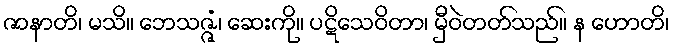
ဇာနာတိ၊ မသိ။ ဘေသဇ္ဇံ၊ ဆေးကို။ ပဋိသေဝိတာ၊ မှီဝဲတတ်သည်။ န ဟောတိ၊